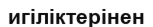
игіліктерінен